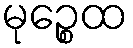
မုဉ္စေထ